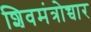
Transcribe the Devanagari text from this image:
शिवमंत्रोच्चार